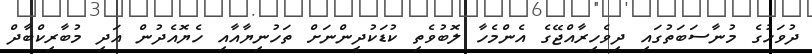
ދުވަހުގެ މުނާސަބަތުގައި ދިވެހިރާއްޖޭގެ އެންމެހާ ލޮބުވެތި ކުޑަކުދީންނަށް ތަހުނިޔާއާއި ހެޔޮއެދުން އަދި މުބާރިކްބާދް